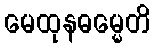
မေထုနဓမ္မေတိ